Indian journal of veterinary science and animal husbandry - Volume 1,
Year: 1931
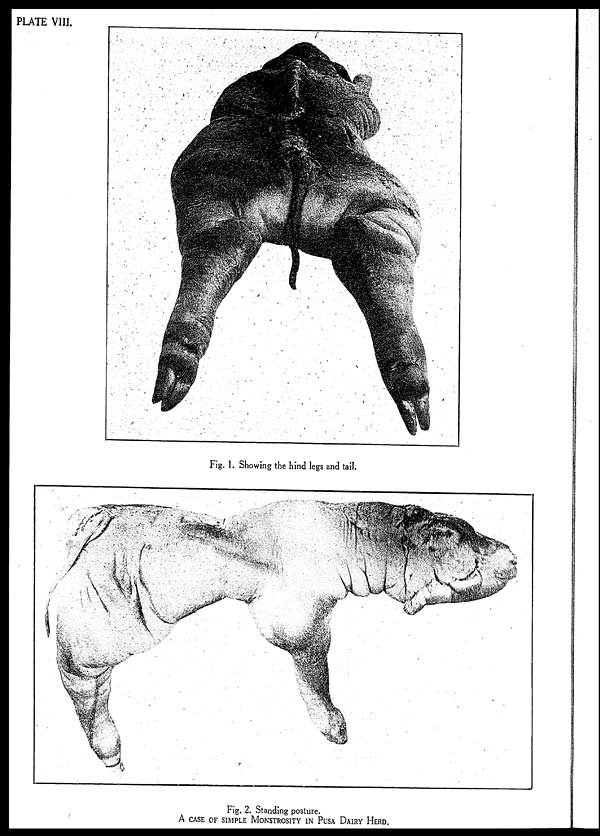
PLATE VIII.
Fig. 1. Showing the hind legs and tail.
Fig. 2. Standing posture.
A CASE OF SIMPLE MONSTROSITY IN PUSA DAIRY HERD,